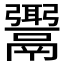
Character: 𩱓